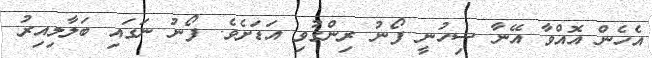
އެހެން އޮއްވާ އޭނާ ސިހުނީ ފޯނު ރިންގުވި އަޑަށެވެ. ފޯނު ނަގައި ބަލާލިއިރު